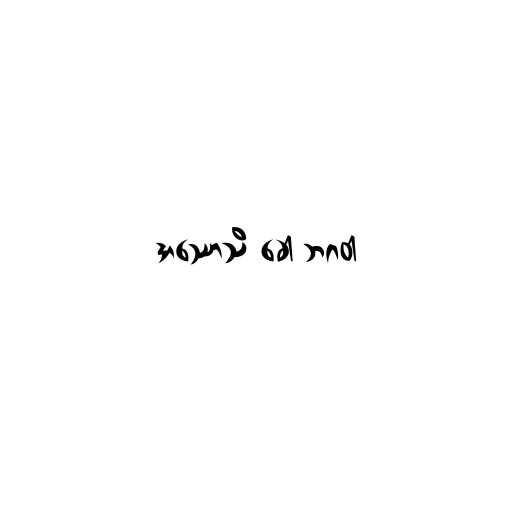
အဿောသိ ခေါ ဘဂဝါ